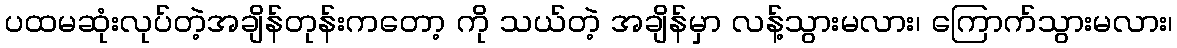
ပထမဆုံးလုပ်တဲ့အချိန်တုန်းကတော့ ကို သယ်တဲ့ အချိန်မှာ လန့်သွားမလား၊ ကြောက်သွားမလား၊